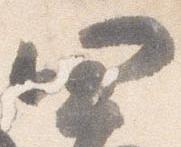
四